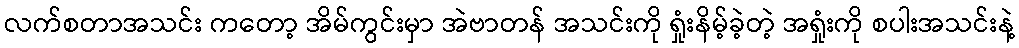
လက်စတာအသင်း ကတော့ အိမ်ကွင်းမှာ အဲဗာတန် အသင်းကို ရှုံးနိမ့်ခဲ့တဲ့ အရှုံးကို စပါးအသင်းနဲ့